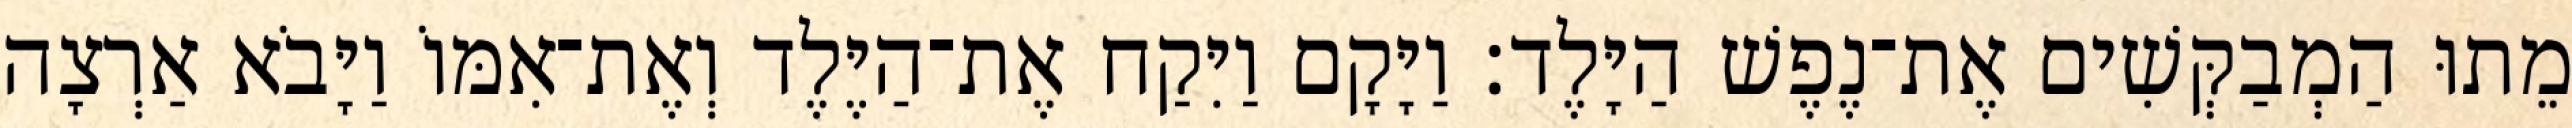
מֵתוּ הַמְבַקְּשִׁים אֶת־נֶפֶשׁ הַיָּלֶד׃ וַיָּקָם וַיִּקַח אֶת־הַיֶּלֶד וְאֶת־אִמּוֹ וַיָּבֹא אַרְצָה